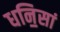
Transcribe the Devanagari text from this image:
धनि॒सां